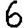
Digit: 6